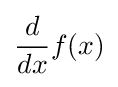
{\frac {d}{dx}}f(x)